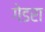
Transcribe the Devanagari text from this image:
गेडरा